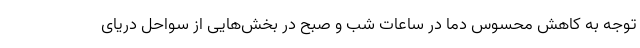
توجه به کاهش محسوس دما در ساعات شب و صبح در بخش‌هایی از سواحل دریای